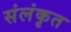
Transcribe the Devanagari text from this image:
संलंकृत